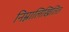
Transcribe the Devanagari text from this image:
निम्नालिखितित